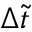
\Delta \tilde { t }